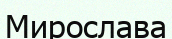
Мирослава